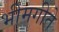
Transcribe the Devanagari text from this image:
भीमगीते